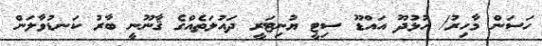
ހަސަން މާހިރު/ ހުޅުދޫ އައްޑޫ ސިޓީ ޔުނިޓަރީ ދައުލަތެއްގެ ޤާނޫނީ ބާރު ކަނޑުވާލަން